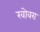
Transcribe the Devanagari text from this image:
खोवरा